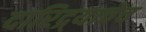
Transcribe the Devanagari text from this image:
दारिद्र्याचेच